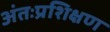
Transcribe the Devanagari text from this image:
अंतःप्रशिक्षण